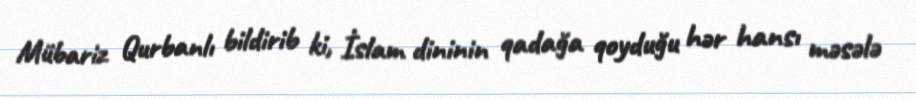
Mübariz Qurbanlı bildirib ki, İslam dininin qadağa qoyduğu hər hansı məsələ